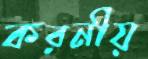
করনীয়